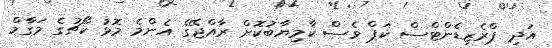
އަދި ޕްރެޒިޑެންޓްސް ކަޕް ވެސް ކާމިޔާބުކޮށް ރާއްޖޭގެ އެންމެ މޮޅު ކޯޗުގެ މަގާމް